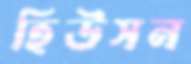
হিউসন